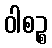
ဝါစဉ္စ